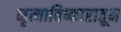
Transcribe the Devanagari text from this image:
नृत्याविष्कारातून